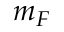
m _ { F }